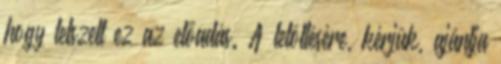
hogy tetszett ez az előadás. A letöltésére, kérjük, ajánlja